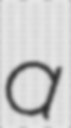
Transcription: a